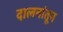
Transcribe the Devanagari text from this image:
दालनांतून